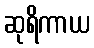
ဆုရိကာယ